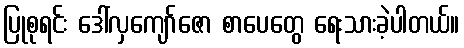
ပြုစုရင်း ဒေါ်လှကျော်ဇော စာပေတွေ ရေးသားခဲ့ပါတယ်။